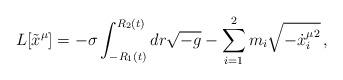
LaTeX: \begin{align*}L[\tilde x^\mu] = -\sigma \int_{-R_1(t)}^{R_2(t)} dr \sqrt{-g}- \sum_{i=1}^2 m_i \sqrt{ - \hbox{$\dot x^\mu_i$}^2} \,,\end{align*}